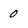
Character: 0